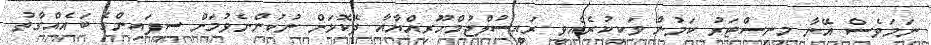
ނަމަވެސް އޭނާ މިނިސްޓަރު ކަމުން ވަކިކުރެއްވީ ރައީސުލްޖުމްހޫރިއްޔާއާ ދެކޮޅަށް ނުކުންނެވުމަށް ސިފައިންގެ ބައެއްގާތު